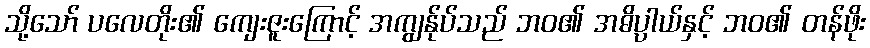
သို့သော် ပလေတိုး၏ ကျေးဇူးကြောင့် အကျွန်ုပ်သည် ဘဝ၏ အဓိပ္ပာယ်နှင့် ဘဝ၏ တန်ဖိုး